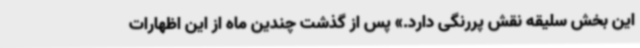
این بخش سلیقه نقش پررنگی دارد.» پس از گذشت چندین ماه از این اظهارات